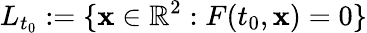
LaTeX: L_{t_{0}}:=\{ {\mathbf{x}}\in\mathbb{R}^{2}:F(t_{0},{\mathbf{x}})=0\}